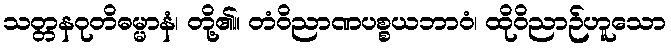
သတ္တနဝုတိဓမ္မာနံ၊ တို့၏။ တံဝိညာဏပစ္စယဘာဝံ၊ ထိုဝိညာဉ်ဟူသော